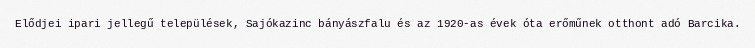
Elődjei ipari jellegű települések, Sajókazinc bányászfalu és az 1920-as évek óta erőműnek otthont adó Barcika.